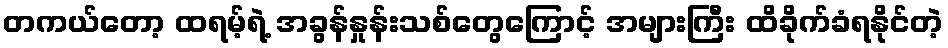
တကယ်တော့ ထရမ့်ရဲ့ အခွန်နှုန်းသစ်တွေကြောင့် အများကြီး ထိခိုက်ခံရနိုင်တဲ့